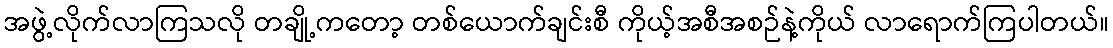
အဖွဲ့လိုက်လာကြသလို တချို့ကတော့ တစ်ယောက်ချင်းစီ ကိုယ့်အစီအစဉ်နဲ့ကိုယ် လာရောက်ကြပါတယ်။